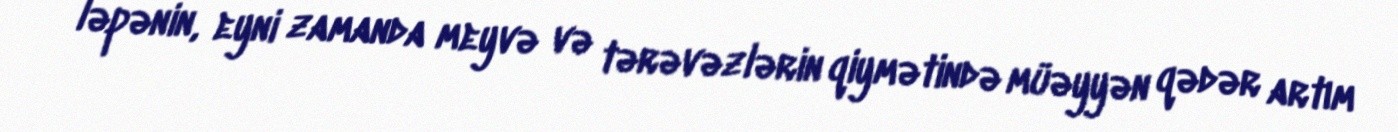
ləpənin, eyni zamanda meyvə və tərəvəzlərin qiymətində müəyyən qədər artım